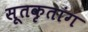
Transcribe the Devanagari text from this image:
सूतकृतांग